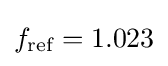
f_{\text{ref}}=1.023